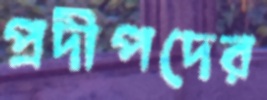
প্রদীপদের